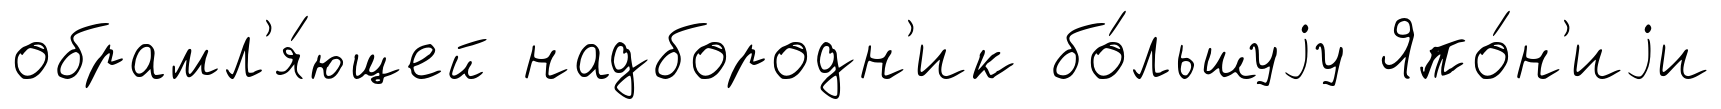
обрамл'я́ющей надбородн'ик бо́льшуjу Япо́н'иjи